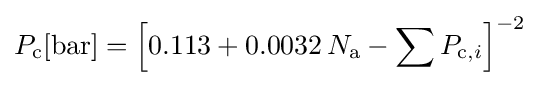
P_{\text{c}}[{\text{bar}}]=\left[0.113+0.0032\,N_{\text{a}}-\sum P_{{\text{c}},i}\right]^{-2}